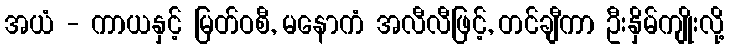
အယံ - ကာယနှင့် မြတ်ဝစီ, မနောကံ အလီလီဖြင့်, တင်ချီကာ ဦးနှိမ်ကျိုးလို့